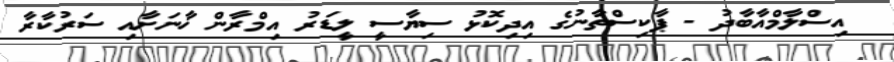
އިސްލާމްއާބާދު - ޕާކިސްތާނުގެ އިދިކޮޅު ސިޔާސީ ލީޑަރު އިމްރާން ޚާނަށާއި ސަރުކާރާ